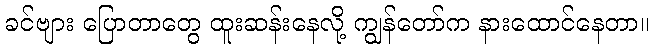
ခင်ဗျား ပြောတာတွေ ထူးဆန်းနေလို့ ကျွန်တော်က နားထောင်နေတာ။